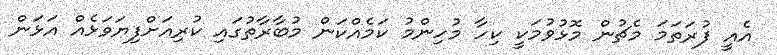
އެއީ ފުރަތަމަ މެޗުން މޮޅުވުމަކީ ކިހާ މުހިންމު ކަމެއްކަން މުބާރާތުގައި ކުރިއަށްފިޔަވަޅެއް އަޅަން